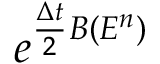
e ^ { \frac { \Delta t } { 2 } B ( E ^ { n } ) }